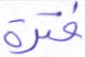
فترة